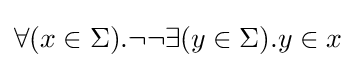
\forall (x\in \Sigma ).\neg \neg \exists (y\in \Sigma ).y\in x